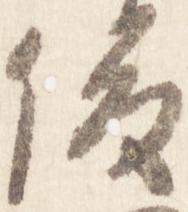
俊